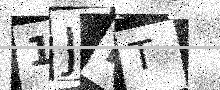
Text: 1JIT